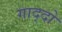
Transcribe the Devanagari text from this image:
गाद्दो